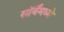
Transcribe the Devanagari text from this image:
सॉर्बेंमध्ये